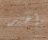
آخر